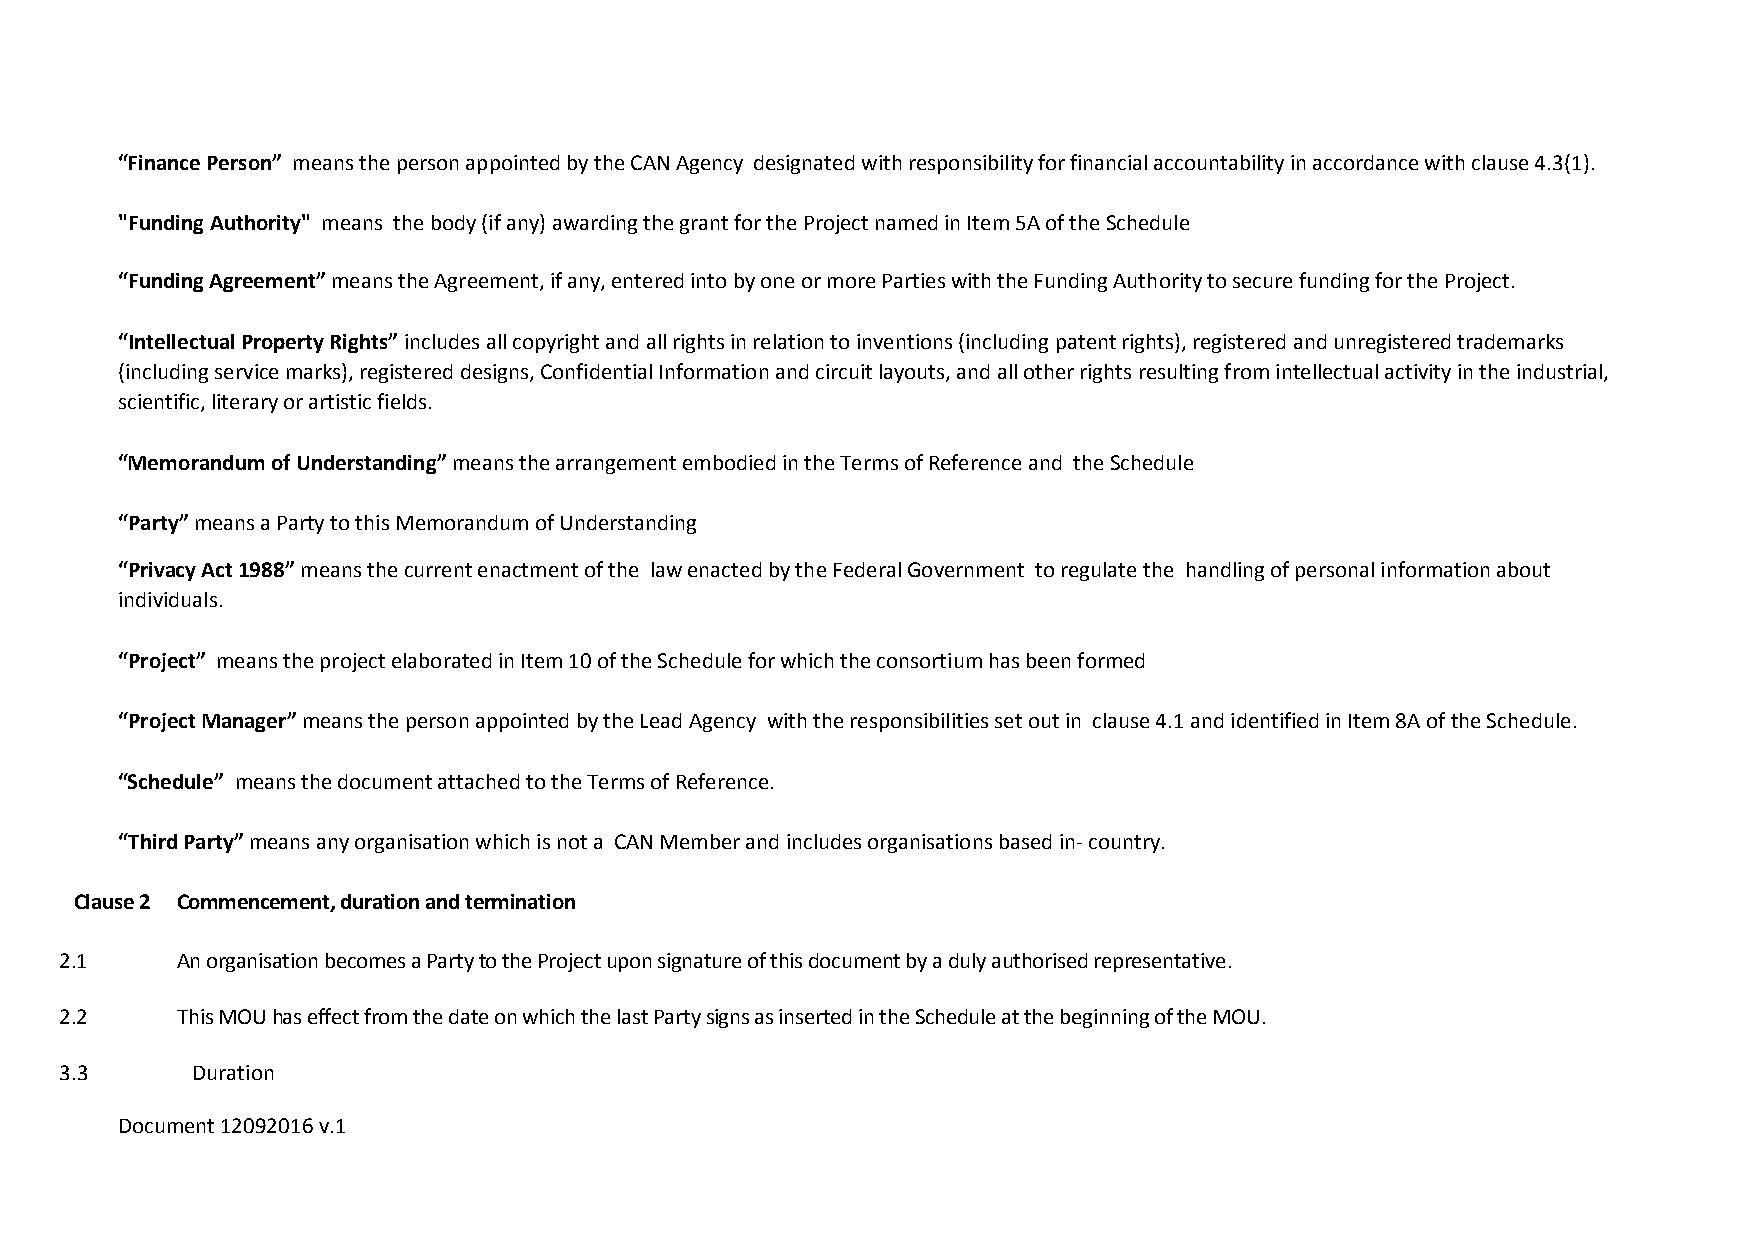
“Finance Person” means the person appointed by the CAN Agency designated with responsibility for financial accountability in accordance with clause 4.3(1).
 "Funding Authority" means the body (if any) awarding the grant for the Project named in Item 5A of the Schedule
 “Funding Agreement” means the Agreement, if any, entered into by one or more Parties with the Funding Authority to secure funding for the Project.
 “Intellectual Property Rights” includes all copyright and all rights in relation to inventions (including patent rights), registered and unregistered trademarks
 (including service marks), registered designs, Confidential Information and circuit layouts, and all other rights resulting from intellectual activity in the industrial,
 scientific, literary or artistic fields.
 “Memorandum of Understanding” means the arrangement embodied in the Terms of Reference and the Schedule
 “Party” means a Party to this Memorandum of Understanding
 “Privacy Act 1988” means the current enactment of the law enacted by the Federal Government to regulate the handling of personal information about
 individuals.
 “Project” means the project elaborated in Item 10 of the Schedule for which the consortium has been formed
 “Project Manager” means the person appointed by the Lead Agency with the responsibilities set out in clause 4.1 and identified in Item 8A of the Schedule.
 “Schedule” means the document attached to the Terms of Reference.
 “Third Party” means any organisation which is not a CAN Member and includes organisations based in- country.
 Clause 2 Commencement, duration and termination
 2.1     An organisation becomes a Party to the Project upon signature of this document by a duly authorised representative.
 2.2     This MOU has effect from the date on which the last Party signs as inserted in the Schedule at the beginning of the MOU.
 3.3      Duration
 Document 12092016 v.1